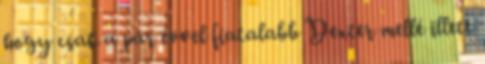
hogy csak a pár évvel fiatalabb Dexter mellé illett